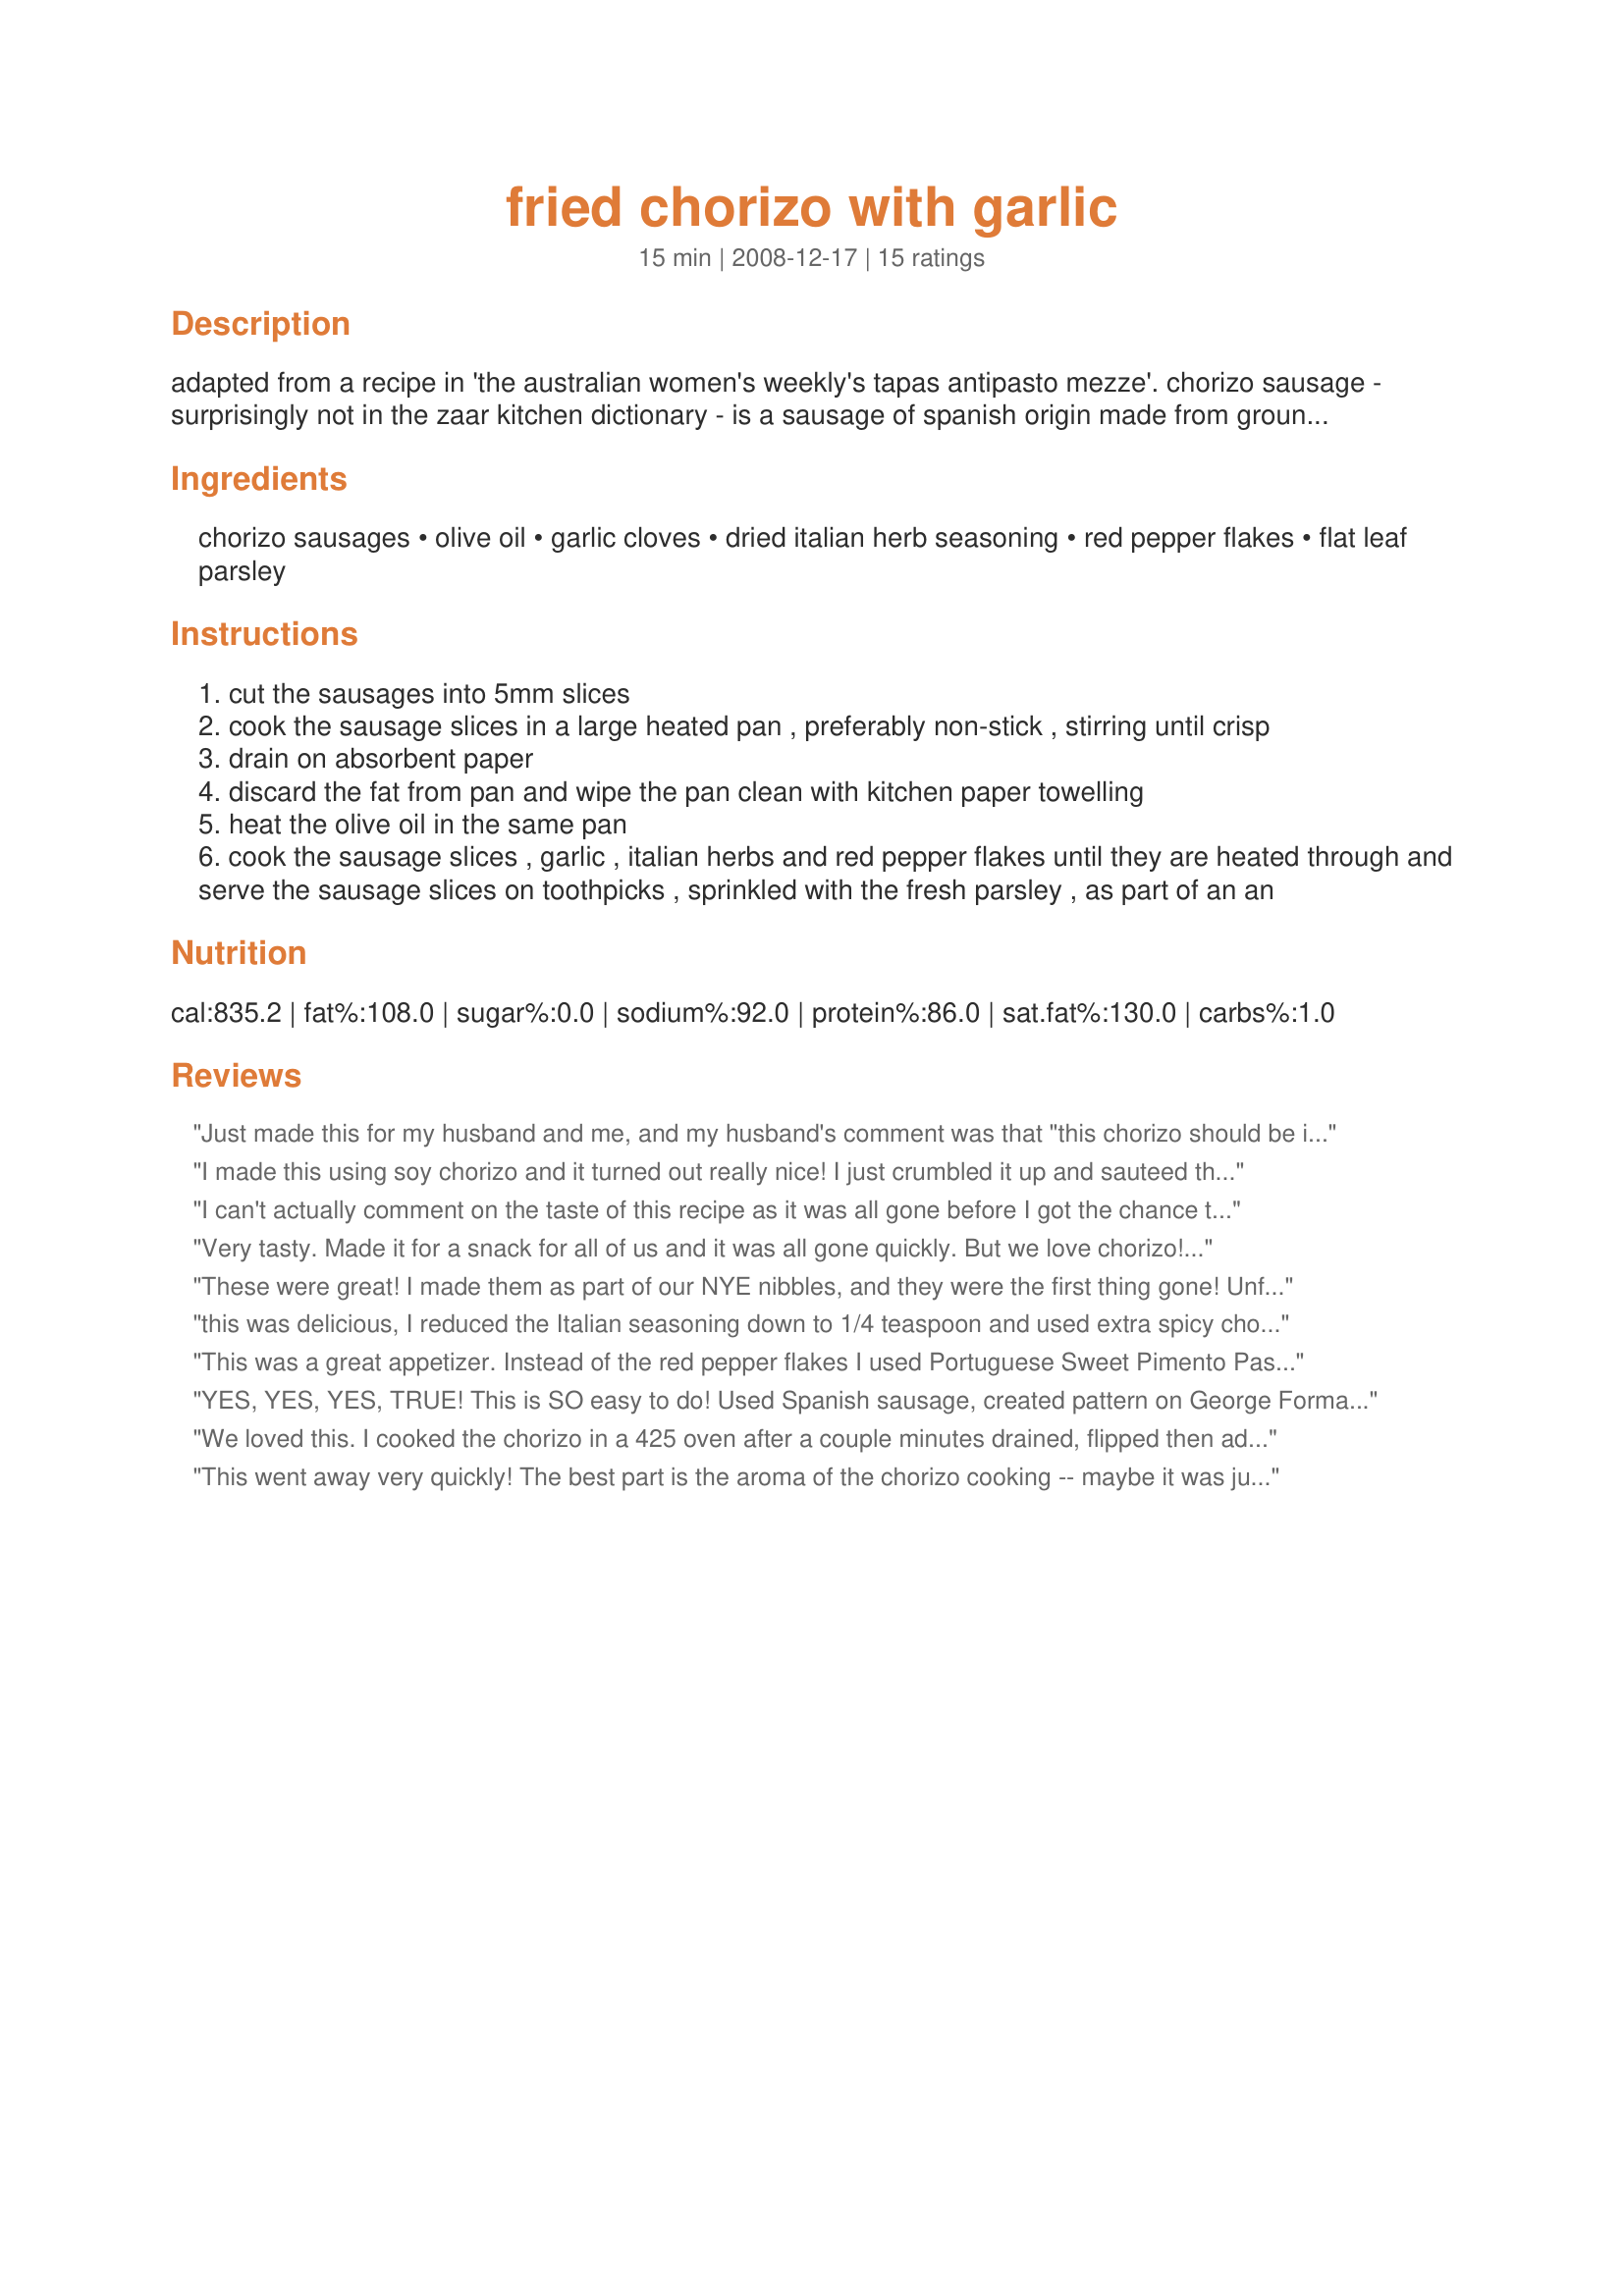
fried chorizo with garlic
Preparation time: 15 minutes

adapted from a recipe in 'the australian women's weekly's tapas antipasto mezze'. chorizo sausage - surprisingly not in the zaar kitchen dictionary - is a sausage of spanish origin made from ground pork, garlic and chillies, so if you cannot get chorizo sausages that gives you the general idea: just substitute with a sausage you really like. the appeal of the dish is certainly going to be largely determined by your choice of sausage; and if you like a bit of heat in your food, either choose a spicy sausage or add something like red pepper flakes in step three. 680g? well, 500g = 1lb; 750g = 11/2lb, and exact quantities are obviously not crucial here. 5mm? 3mm =1/8 inch and 6mm = 1/4 inch. again, the exact size of the slices is not crucial, but be ready to decrease or increase your cooking time according to the thickness of your sausage slices. you can prepare this recipe to the end of step two earlier in the day (and have the additional ingredients ready) and complete step three just prior to serving.

Ingredients:
chorizo sausages, olive oil, garlic cloves, dried italian herb seasoning, red pepper flakes, flat leaf parsley

Steps:
cut the sausages into 5mm slices
cook the sausage slices in a large heated pan , preferably non-stick , stirring until crisp
drain on absorbent paper
discard the fat from pan and wipe the pan clean with kitchen paper towelling
heat the olive oil in the same pan
cook the sausage slices , garlic , italian herbs and red pepper flakes until they are heated through and serve the sausage slices on toothpicks , sprinkled with the fresh parsley , as part of an an

Reviews:
Just made this for my husband and me, and my husband's comment was that "this chorizo should be in a Spanish restaurant." Easy to make, I appreciate the draining instruction in the beginning and I made exactly as directed except for omitting the parsley so the full flavor of the chorizo and garlic could come through. Nice recipe.
I made this using soy chorizo and it turned out really nice! I just crumbled it up and sauteed the seasoning with it. I enjoyed this with some brown rice and wheat berries. Thanks! Made for Newest Zaar Tag.
I can't actually comment on the taste of this recipe as it was all gone before I got the chance to try it, so I can only assume this was fantastic. I made it for a drinks and nibbles evening and it just vanished. I did miss out the red pepper flakes as I know from experience that my butcher's chorizo is already very spicy, but apart from that no changes were made. Thanks for sharing - made for ZWT5
Very tasty. Made it for a snack for all of us and it was all gone quickly. But we love chorizo! Thanks.
These were great! I made them as part of our NYE nibbles, and they were the first thing gone! Unfortunately, I coul;dn't get chorizo (we have a super small deli, and we are only lucky enough to get chorizo once every few weeks! lol) so, believe it or not, the only thing even remotely similar, were kransky. I used them, but was doubtful...i was so suprised by the result! I used hot chili flakes and they were perfect! I can't wait to try this again with chorizo!
this was delicious, I reduced the Italian seasoning down to 1/4 teaspoon and used extra spicy chorizio, thanks for sharing Bluemoon!
This was a great appetizer. Instead of the red pepper flakes I used Portuguese Sweet Pimento Paste, cuz we had some teens that don't like spicy foods. This went well with the rest of out Portuguese dinner. Thank you and will make again. Made by member of "cooks With Dirty Faces" for ZWT5
YES, YES, YES, TRUE!
This is SO easy to do!
Used Spanish sausage, created pattern on George Forman grill,
This recipe DID give us a thrill!
Thanks!
We loved this. I cooked the chorizo in a 425 oven after a couple minutes drained, flipped then added the garlic, herbs and oil, continued cooking for a couple more, tossed the parsley with the slices and plated. Quick and easy! Gone in seconds. Made for ZWT 5.
This went away very quickly! The best part is the aroma of the chorizo cooking -- maybe it was just the variety we bought, but it smelled almost floral. Too spicy for one of us, but that's more for the rest of us. Made for PRMR in January 2009.
We made this as a snack when we were watching T.V. a few nights ago and it was great -- crispy on the outside and so flavorful on the inside. I had a little bit leftover, so this morning when I made eggs and toast for breakfast I fried up the rest of the sausage, just by itself and with none of the seasonings, and the family loved it as a side dish for breakfast. Who would have thought chorizo for breakfast, but it was delicious. Thanks for posting this, bluemoondownunder!
This made a nice early supper for DH tonight. He actually made his more like a mexican supper in that he wrapped the sausage's in a tortilla and topped with shredded cheese and some green olives. I guess whatever rocks his socks. He did comment that it was a bit spicy. But, it didn't take him long to scarf down the entire recipe:-) My chorizo sausages were 15 oz. for two and so I adjusted the seasonings accordingly. 
Made for ZaarStars.
This was DELISH...we rarely eat pork, but this was well worth straying from our normal 'diet'. Wonderful flavors. DH loved it. Thanks bluemoon, made for PRMR Dec08/Jan09.
Very spicy and tastey! I made this for our superbowl party, and everyone loved it! I wiped the skillet to eliminate the grease, and also pressed on the chorizo pieces to get some of the grease out. The flavors were very good together. Everyone enjoyed it. Made for Gimme 5 Tag!
delicious! i was never a big chorizo eater but i am now! made for zwt5
